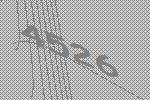
4526